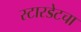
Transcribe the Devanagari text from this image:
स्टारडेटचा